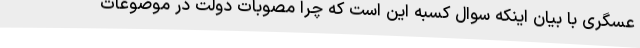
عسگری با بیان اینکه سوال کسبه این است که چرا مصوبات دولت در موضوعات